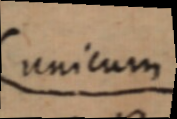
unicum